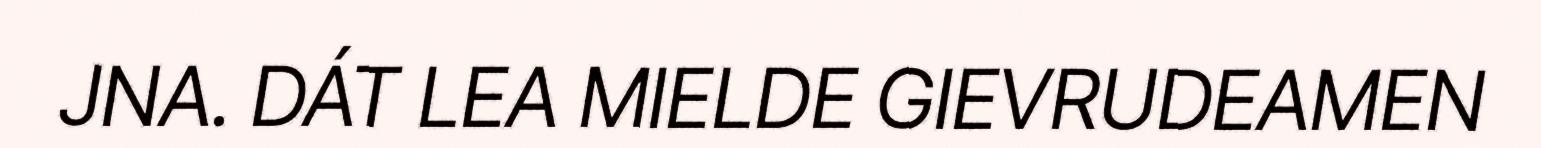
JNA. DÁT LEA MIELDE GIEVRUDEAMEN